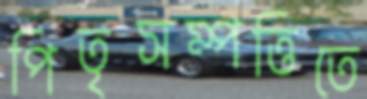
পিতৃসম্পত্তিতে